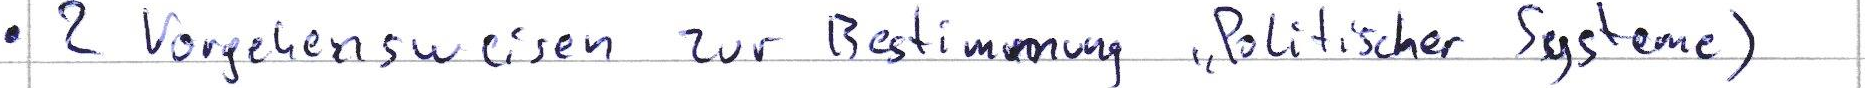
2 Vorgehensweisen zur Bestimmung Politischer Systeme )